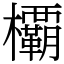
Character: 𣠽